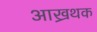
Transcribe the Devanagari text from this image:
आख्रथक